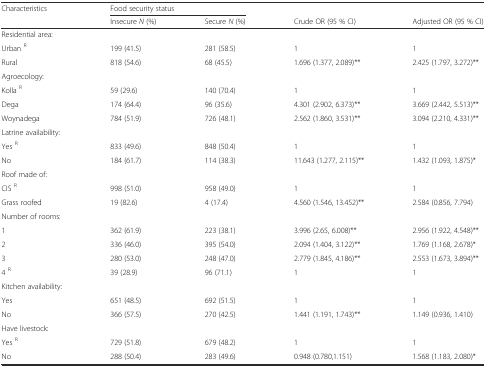
<table><thead><tr><td rowspan="2"><b>Characteristics</b></td><td colspan="2"><b>Food security status</b></td><td></td><td></td></tr><tr><td><b>Insecure <i>N</i> (%)</b></td><td><b>Secure <i>N</i> (%)</b></td><td><b>Crude OR (95 % CI)</b></td><td><b>Adjusted OR (95 % CI)</b></td></tr></thead><tbody><tr><td>Residential area:</td><td></td><td></td><td></td><td></td></tr><tr><td>Urban <sup>R</sup></td><td>199 (41.5)</td><td>281 (58.5)</td><td>1</td><td>1</td></tr><tr><td>Rural</td><td>818 (54.6)</td><td>68 (45.5)</td><td>1.696 (1.377, 2.089)**</td><td>2.425 (1.797, 3.272)**</td></tr><tr><td>Agroecology:</td><td></td><td></td><td></td><td></td></tr><tr><td>Kolla <sup>R</sup></td><td>59 (29.6)</td><td>140 (70.4)</td><td>1</td><td>1</td></tr><tr><td>Dega</td><td>174 (64.4)</td><td>96 (35.6)</td><td>4.301 (2.902, 6.373)**</td><td>3.669 (2.442, 5.513)**</td></tr><tr><td>Woynadega</td><td>784 (51.9)</td><td>726 (48.1)</td><td>2.562 (1.860, 3.531)**</td><td>3.094 (2.210, 4.331)**</td></tr><tr><td>Latrine availability:</td><td></td><td></td><td></td><td></td></tr><tr><td>Yes <sup>R</sup></td><td>833 (49.6)</td><td>848 (50.4)</td><td>1</td><td>1</td></tr><tr><td>No</td><td>184 (61.7)</td><td>114 (38.3)</td><td>11.643 (1.277, 2.115)**</td><td>1.432 (1.093, 1.875)*</td></tr><tr><td>Roof made of:</td><td></td><td></td><td></td><td></td></tr><tr><td>CIS <sup>R</sup></td><td>998 (51.0)</td><td>958 (49.0)</td><td>1</td><td>1</td></tr><tr><td>Grass roofed</td><td>19 (82.6)</td><td>4 (17.4)</td><td>4.560 (1.546, 13.452)**</td><td>2.584 (0.856, 7.794)</td></tr><tr><td>Number of rooms:</td><td></td><td></td><td></td><td></td></tr><tr><td>1</td><td>362 (61.9)</td><td>223 (38.1)</td><td>3.996 (2.65, 6.008)**</td><td>2.956 (1.922, 4.548)**</td></tr><tr><td>2</td><td>336 (46.0)</td><td>395 (54.0)</td><td>2.094 (1.404, 3.122)**</td><td>1.769 (1.168, 2.678)*</td></tr><tr><td>3</td><td>280 (53.0)</td><td>248 (47.0)</td><td>2.779 (1.845, 4.186)**</td><td>2.553 (1.673, 3.894)**</td></tr><tr><td>4 <sup>R</sup></td><td>39 (28.9)</td><td>96 (71.1)</td><td>1</td><td>1</td></tr><tr><td>Kitchen availability:</td><td></td><td></td><td></td><td></td></tr><tr><td>Yes</td><td>651 (48.5)</td><td>692 (51.5)</td><td>1</td><td>1</td></tr><tr><td>No</td><td>366 (57.5)</td><td>270 (42.5)</td><td>1.441 (1.191, 1.743)**</td><td>1.149 (0.936, 1.410)</td></tr><tr><td>Have livestock:</td><td></td><td></td><td></td><td></td></tr><tr><td>Yes <sup>R</sup></td><td>729 (51.8)</td><td>679 (48.2)</td><td>1</td><td>1</td></tr><tr><td>No</td><td>288 (50.4)</td><td>283 (49.6)</td><td>0.948 (0.780,1.151)</td><td>1.568 (1.183, 2.080)*</td></tr></tbody></table>